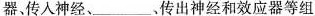
器，传人神经、___。传出神经和效应器等组